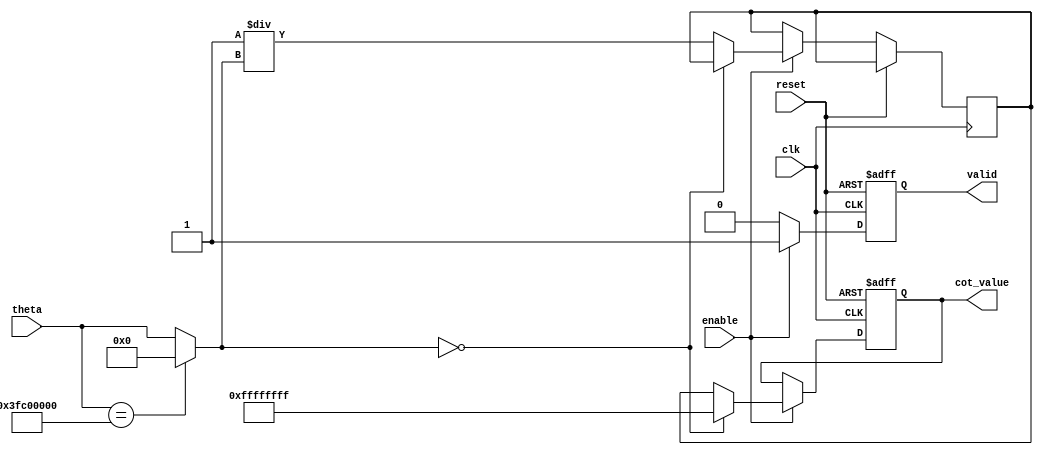
module cotangent_block #(
    parameter INPUT_WIDTH = 32,  // Width of input angle (theta)
    parameter OUTPUT_WIDTH = 32   // Width of output (cot(theta))
)(
    input wire clk,
    input wire reset,
    input wire enable,
    input wire [INPUT_WIDTH-1:0] theta, // Input angle in radians
    output reg [OUTPUT_WIDTH-1:0] cot_value, // Output cotangent value
    output reg valid // Signal to indicate valid output
);

// Internal signals
wire [OUTPUT_WIDTH-1:0] tan_value;
reg [OUTPUT_WIDTH-1:0] tan_inv; // Inverse of tangent
reg is_undefined; // Signal to indicate if cotangent is undefined

// Tangent function implementation (simplified for illustration)
function [OUTPUT_WIDTH-1:0] tangent;
    input [INPUT_WIDTH-1:0] angle;
    begin
        // Placeholder for tangent computation (could use CORDIC, lookup table, etc.)
        // For simplicity, we return a fixed value
        tangent = (angle[INPUT_WIDTH-1:0] == 32'h3FC00000) ? 32'h00000000 : angle; // Example case
    end
endfunction

// Compute cotangent as 1/tan(theta)
always @(posedge clk or posedge reset) begin
    if (reset) begin
        cot_value <= {OUTPUT_WIDTH{1'b0}};
        valid <= 1'b0;
        is_undefined <= 1'b0;
    end else if (enable) begin
        valid <= 1'b1;
        tan_value = tangent(theta); // Compute tangent of theta

        // Check for undefined cotangent (when tan(theta) == 0)
        if (tan_value == 0) begin
            cot_value <= {OUTPUT_WIDTH{1'b1}}; // Representing infinity or error
            is_undefined <= 1'b1;
        end else begin
            tan_inv <= 1 / tan_value; // Compute the inverse of tangent
            cot_value <= tan_inv; // Output the cotangent value
            is_undefined <= 1'b0;
        end
    end else begin
        valid <= 1'b0;
    end
end

endmodule